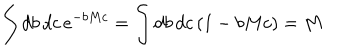
\int d b \, d c \, e ^ { - b M c } = \int d b \, d c \, ( 1 - b M c ) = M